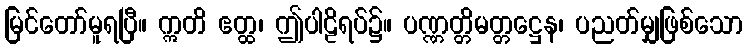
မြင်တော်မူရပြီ။ ဣတိ ဧတ္ထ၊ ဤပါဠိရပ်၌။ ပဏ္ဏတ္တိမတ္တဋ္ဌေန၊ ပညတ်မျှဖြစ်သော